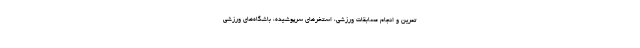
تمرین و انجام مسابقات ورزشی، استخرهای سرپوشیده، باشگاه‌های ورزشی